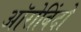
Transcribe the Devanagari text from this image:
ऑरोबिंदो